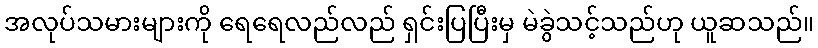
အလုပ်သမားများကို ရေရေလည်လည် ရှင်းပြပြီးမှ မဲခွဲသင့်သည်ဟု ယူဆသည်။